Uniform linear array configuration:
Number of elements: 16
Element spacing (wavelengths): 0.25
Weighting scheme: uniform
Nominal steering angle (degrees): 0
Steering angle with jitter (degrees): -1.828
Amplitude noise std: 0.05
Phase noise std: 0.05

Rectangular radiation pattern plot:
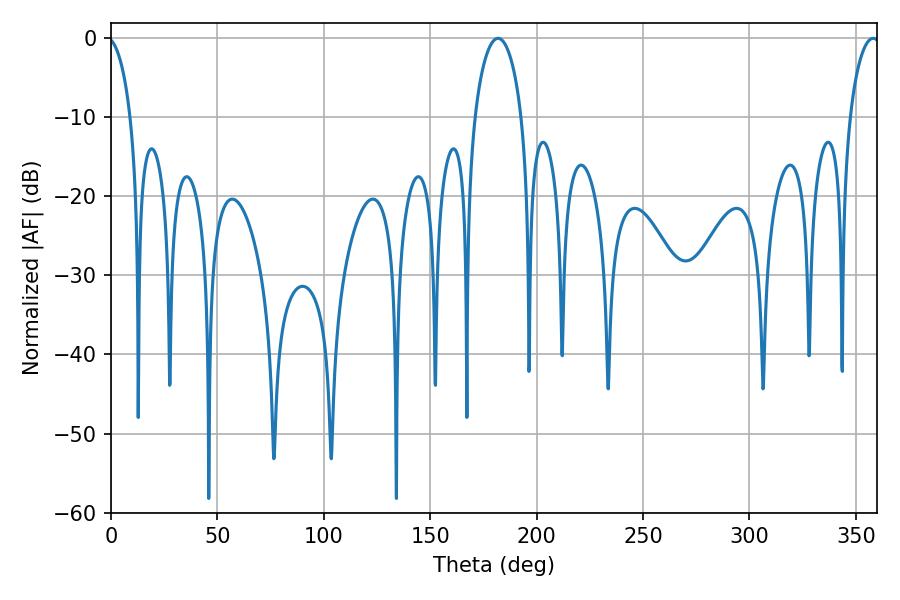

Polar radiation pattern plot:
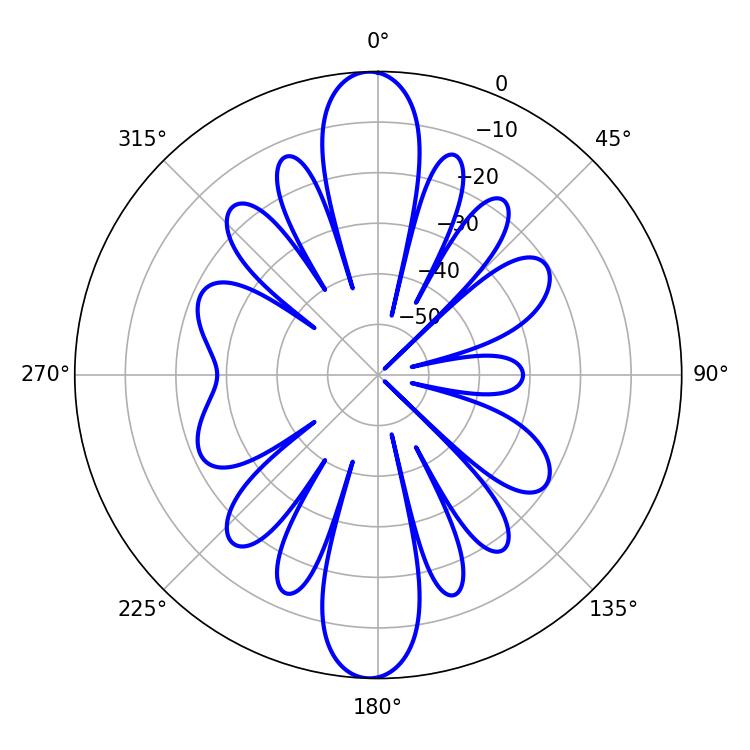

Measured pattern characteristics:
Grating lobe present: FALSE
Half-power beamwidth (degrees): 12.78
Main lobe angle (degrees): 181.8